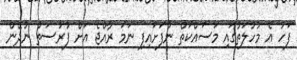
ފަހު އެ މުހުލަތުގައި މަސައްކަތް ނުފަށައިފި ނަމަ ރާއްޖެ އަށް ފުރުސަތު ނުދޭން